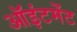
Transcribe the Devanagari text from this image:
ऑइंटमेंट